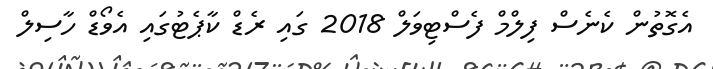
އެގޮތުން ކެނެސް ފިލްމް ފެސްޓިވަލް 2018 ގައި ރެޑް ކާޕެޓުގައި އެވޯޑް ހާސިލް